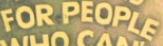
FOR PEOPLE